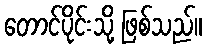
တောင်ပိုင်းသို့ ဖြစ်သည်။